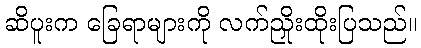
ဆိပူးက ခြေရာများကို လက်ညှိုးထိုးပြသည်။